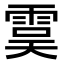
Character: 𩃉